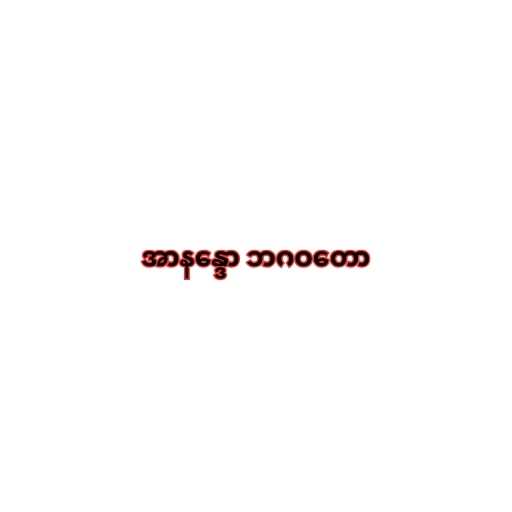
အာနန္ဒော ဘဂဝတော